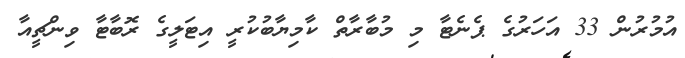
އުމުރުން 33 އަހަރުގެ ޕެނެޓާ މި މުބާރާތް ކާމިޔާބުކުރީ އިޓަލީގެ ރޮބާޓާ ވިންޗީއާ